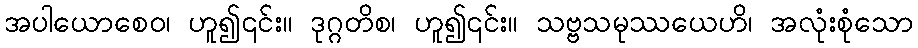
အပါယောစေဝ၊ ဟူ၍၎င်း။ ဒုဂ္ဂတိစ၊ ဟူ၍၎င်း။ သဗ္ဗသမုဿယေဟိ၊ အလုံးစုံသော